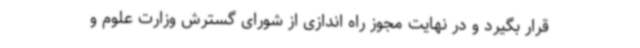
قرار بگیرد و در نهایت مجوز راه اندازی از شورای گسترش وزارت علوم و